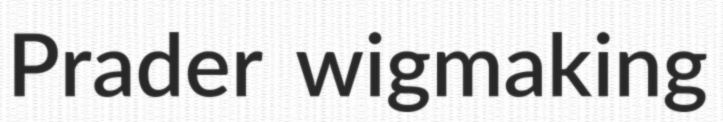
Prader wigmaking